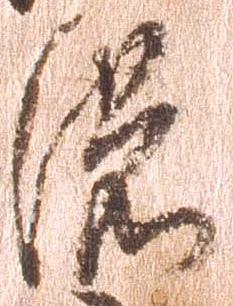
濃